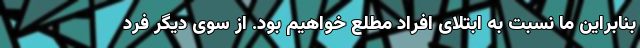
بنابراین ما نسبت به ابتلای افراد مطلع خواهیم بود. از سوی دیگر فرد